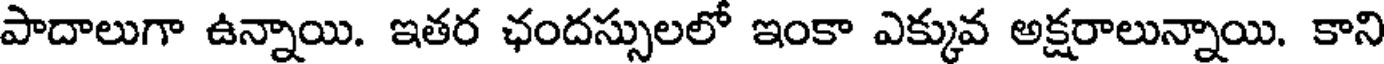
పాదాలుగా ఉన్నాయి. ఇతర ఛందస్సులలో ఇంకా ఎక్కువ అక్షరాలున్నాయి. కాని